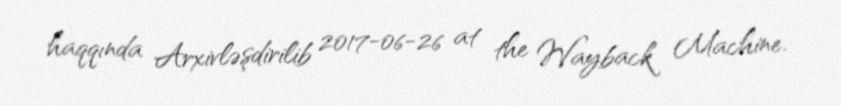
haqqında Arxivləşdirilib 2017-06-26 at the Wayback Machine.